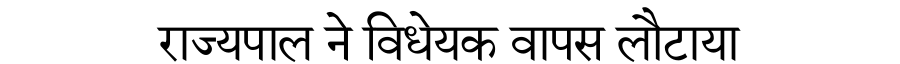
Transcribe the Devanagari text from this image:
राज्यपाल ने विधेयक वापस लौटाया